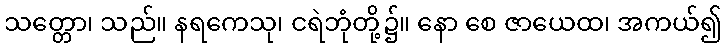
သတ္တော၊ သည်။ နရကေသု၊ ငရဲဘုံတို့၌။ နော စေ ဇာယေထ၊ အကယ်၍